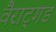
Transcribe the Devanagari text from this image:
वैराट्गड